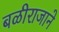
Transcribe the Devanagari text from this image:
बळीराजाने